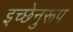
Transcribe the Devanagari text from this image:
इच्छेनुरूप